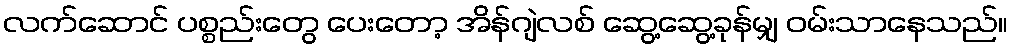
လက်ဆောင် ပစ္စည်းတွေ ပေးတော့ အိန်ဂျဲလစ် ဆွေ့ဆွေ့ခုန်မျှ ဝမ်းသာနေသည်။